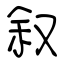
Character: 叙